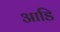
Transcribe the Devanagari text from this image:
आडि